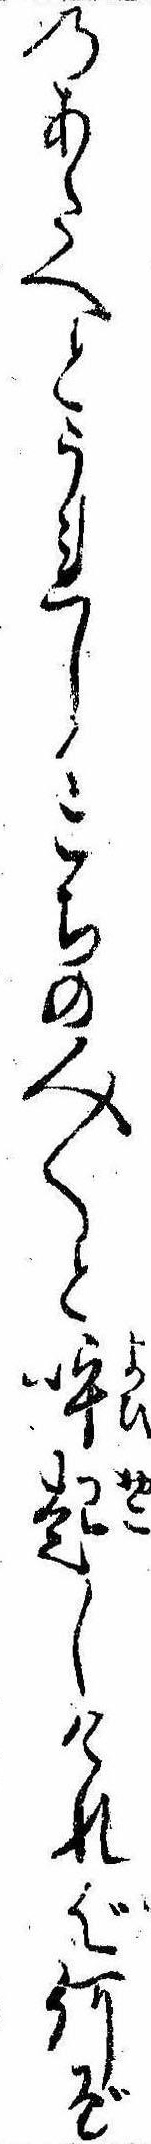
のあたへとうれしくこちの人〱と呼起しければ何ぞ